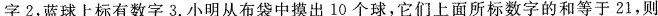
字2，蓝球上标有数字3.小明从布袋中摸出10个球，它们上面所标数字的和等于21，则